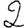
Digit: 2